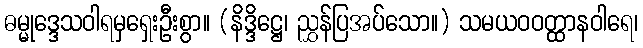
ဓမ္မုဒ္ဒေသဝါရမှရှေးဦးစွာ။ (နိဒ္ဒိဋ္ဌေ၊ ညွှန်ပြအပ်သော။) သမယဝဝတ္ထာနဝါရေ၊